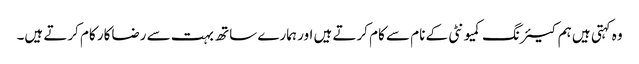
وہ کہتی ہیں ہم کیئرنگ کمیونٹی کے نام سے کام کرتے ہیں اور ہمارے ساتھ بہت سے رضاکار کام کرتے ہیں۔